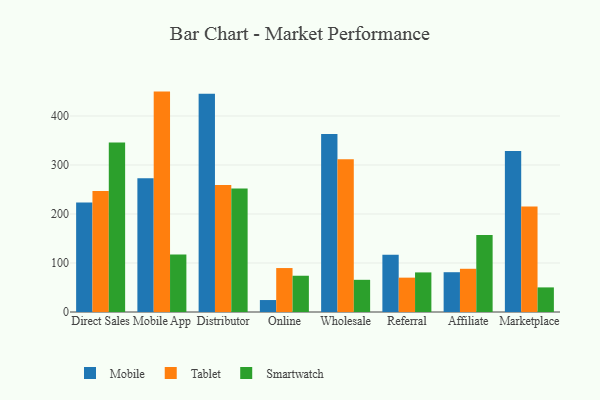
{"axis": {"x": "Channel", "y": "LTV (USD)"}, "legend": ["Mobile", "Smartwatch", "Tablet"], "data": [{"x": "Direct Sales", "y": 223.6, "type": "Mobile"}, {"x": "Direct Sales", "y": 246.7, "type": "Tablet"}, {"x": "Direct Sales", "y": 345.8, "type": "Smartwatch"}, {"x": "Mobile App", "y": 273.1, "type": "Mobile"}, {"x": "Mobile App", "y": 449.8, "type": "Tablet"}, {"x": "Mobile App", "y": 117.3, "type": "Smartwatch"}, {"x": "Distributor", "y": 445.6, "type": "Mobile"}, {"x": "Distributor", "y": 259.1, "type": "Tablet"}, {"x": "Distributor", "y": 251.9, "type": "Smartwatch"}, {"x": "Online", "y": 24.4, "type": "Mobile"}, {"x": "Online", "y": 89.7, "type": "Tablet"}, {"x": "Online", "y": 74.0, "type": "Smartwatch"}, {"x": "Wholesale", "y": 363.1, "type": "Mobile"}, {"x": "Wholesale", "y": 311.6, "type": "Tablet"}, {"x": "Wholesale", "y": 65.7, "type": "Smartwatch"}, {"x": "Referral", "y": 116.8, "type": "Mobile"}, {"x": "Referral", "y": 70.1, "type": "Tablet"}, {"x": "Referral", "y": 80.8, "type": "Smartwatch"}, {"x": "Affiliate", "y": 81.2, "type": "Mobile"}, {"x": "Affiliate", "y": 88.2, "type": "Tablet"}, {"x": "Affiliate", "y": 157.1, "type": "Smartwatch"}, {"x": "Marketplace", "y": 328.5, "type": "Mobile"}, {"x": "Marketplace", "y": 215.5, "type": "Tablet"}, {"x": "Marketplace", "y": 50.2, "type": "Smartwatch"}]}